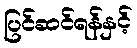
ပြင်ဆင်ရန်နှင့်